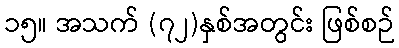
၁၅။ အသက် (၇၂)နှစ်အတွင်း ဖြစ်စဉ်